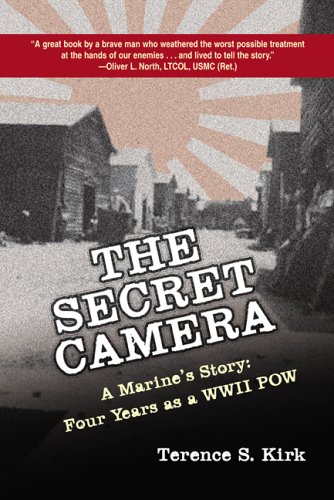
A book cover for The Secret Camera: A Marine's Story: Four Years as a POW; Terence S. Kirk; Biographies & Memoirs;